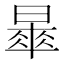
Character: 𣊚